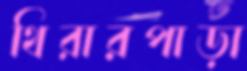
থিরারপাড়া